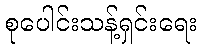
စုပေါင်းသန့်ရှင်းရေး